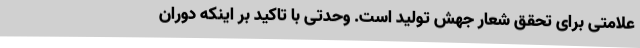
علامتی برای تحقق شعار جهش تولید است. وحدتی با تاکید بر اینکه دوران